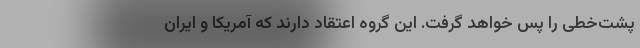
پشت‌خطی را پس خواهد گرفت. این گروه اعتقاد دارند که آمریکا و ایران